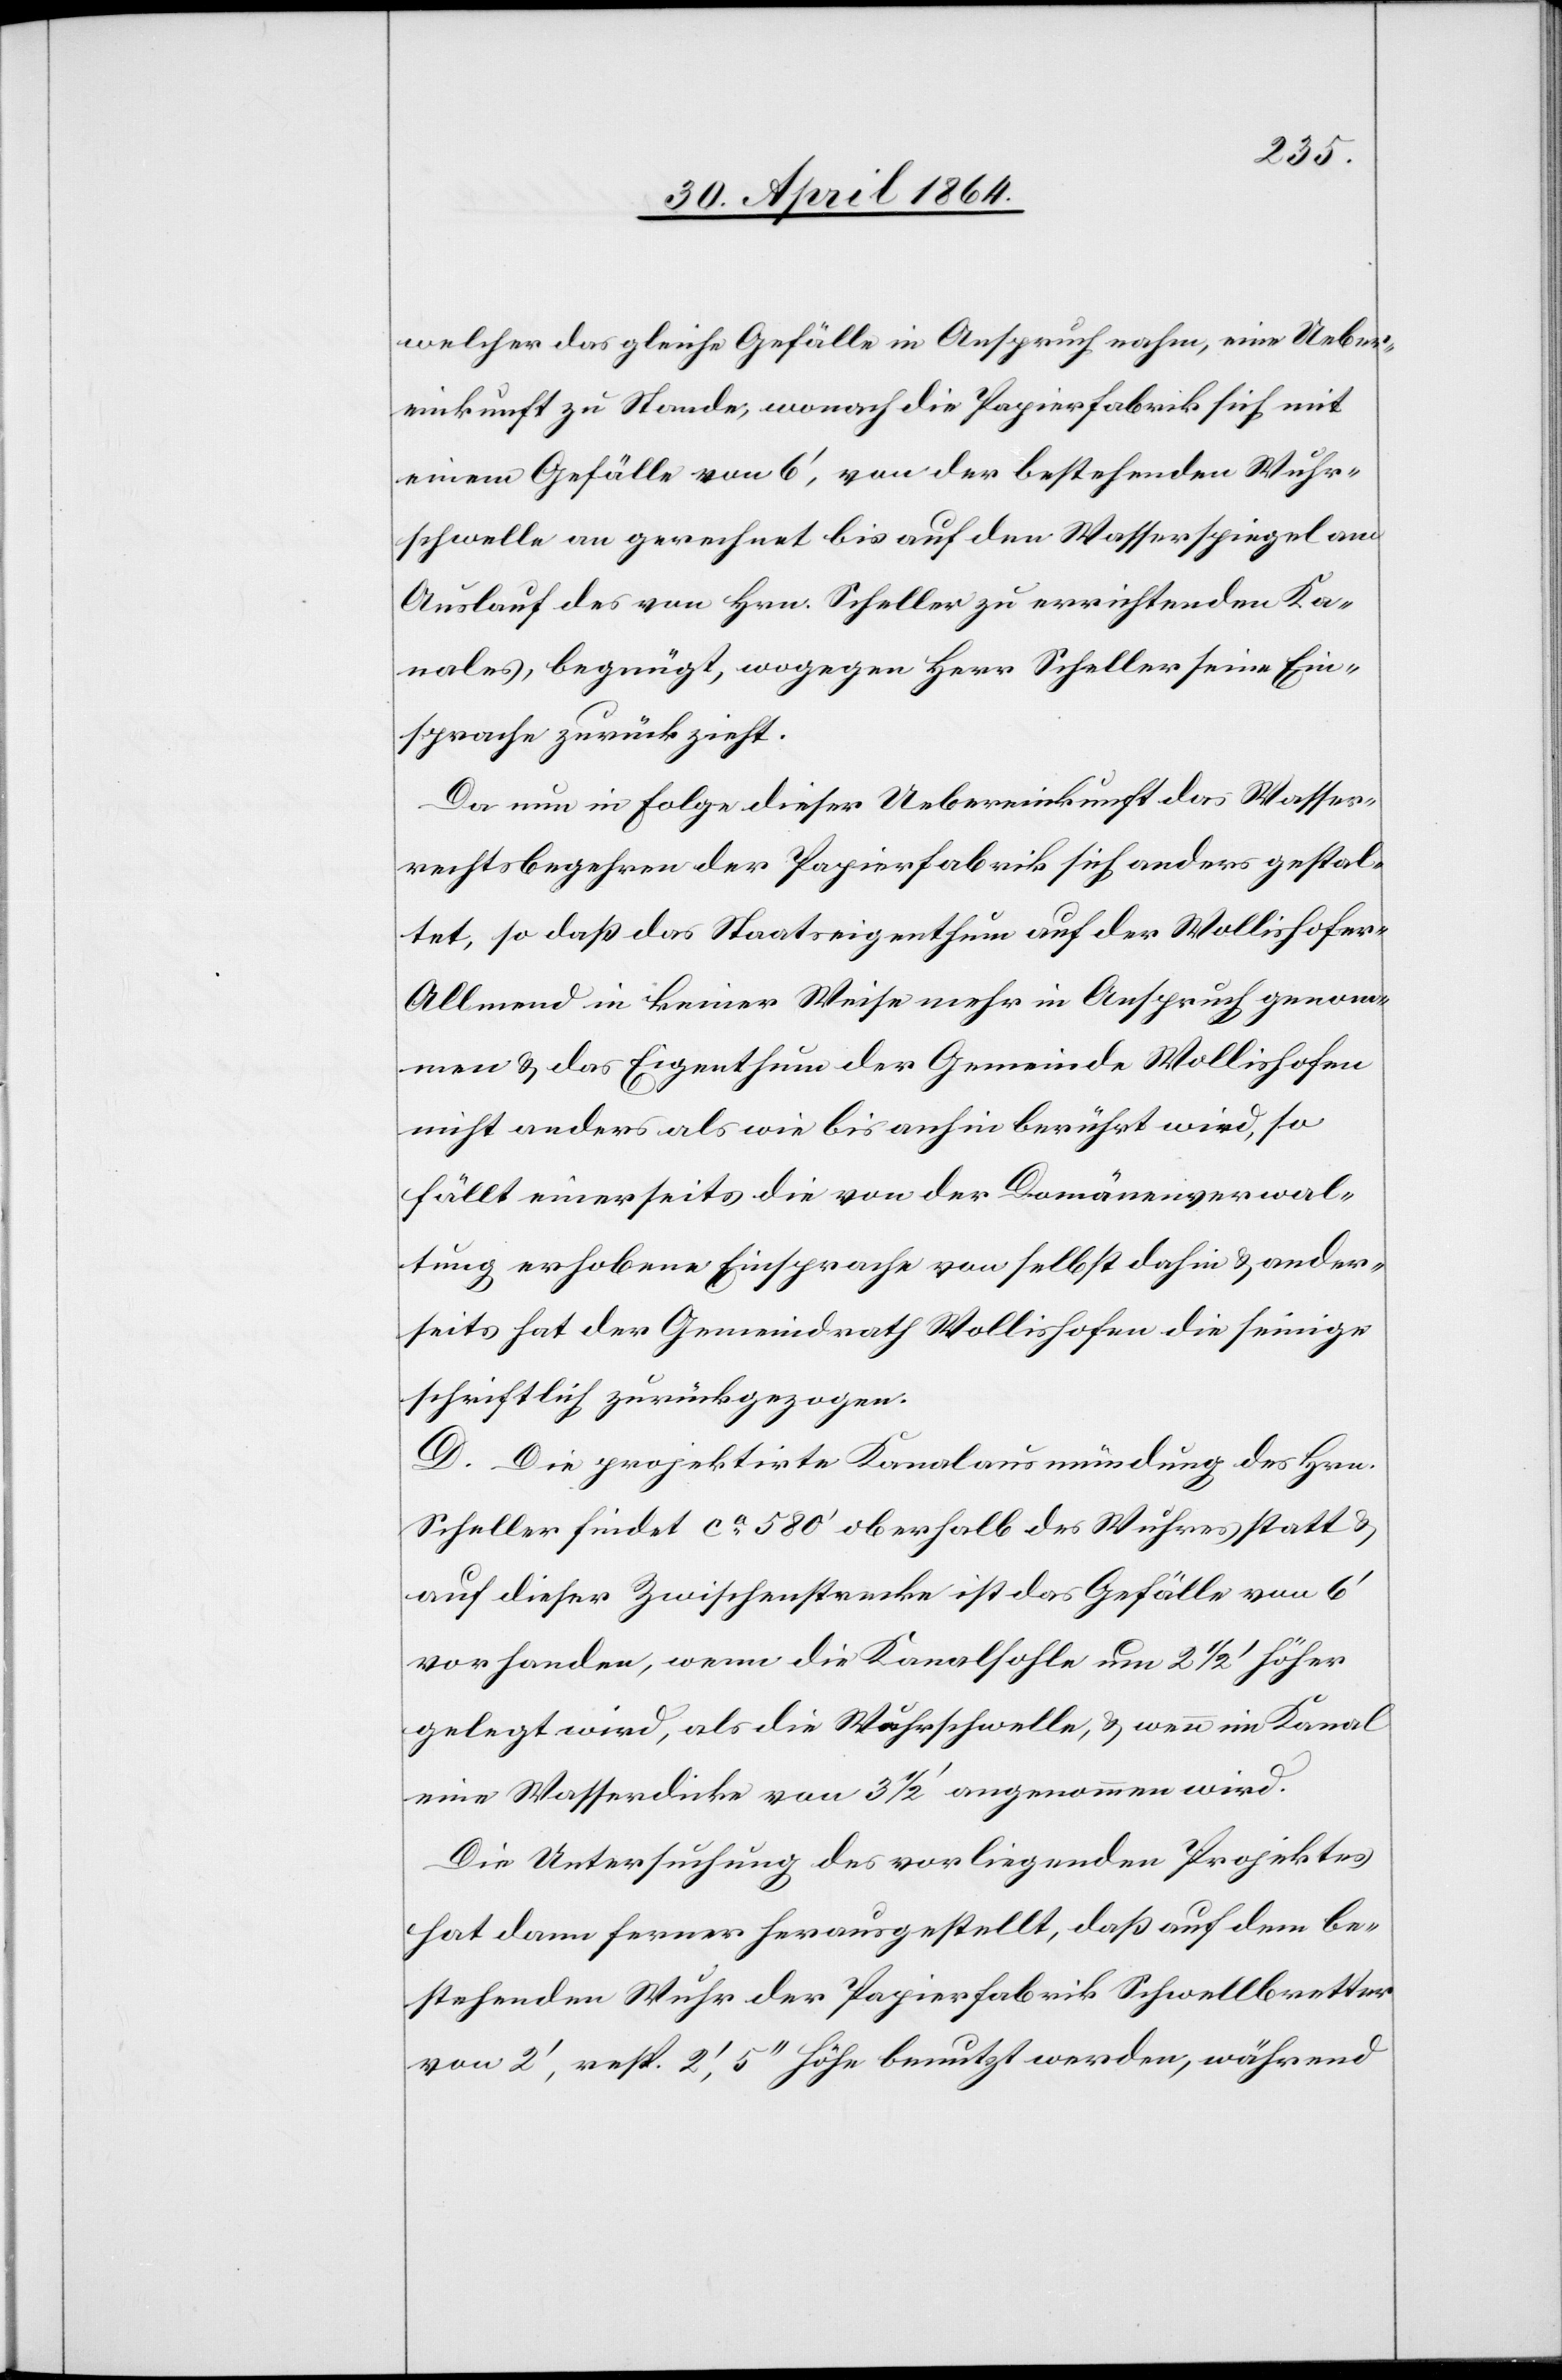
welcher das gleiche Gefälle in Anspruch nahm, eine Ueber¬
einkunft zu Stande, wonach die Papierfabrik sich mit
einem Gefälle von 6’, von der bestehenden Wuhr¬
schwelle an gerechnet bis auf den Wasserspiegel am
Auslauf des von Hrn. Scheller zu errichtenden Ka¬
nales, begnügt, wogegen Herr Scheller seine Ein¬
sprache zurückzieht.
Da nun in Folge dieser Uebereinkunft das Wasser¬
rechtsbegehren der Papierfabrik sich anders gestal¬
tet, so daß das Staatseigenthum auf der Wollishofer
Allmend in keiner Weise mehr in Anspruch genom¬
men u. das Eigenthum der Gemeinde Wollishofen
nicht anders als wie bis anhin berührt wird, so
fällt einerseits die von der Domänenverwal¬
tung erhobene Einsprache von selbst dahin u. ander¬
seits hat der Gemeindrath Wollishofen die seinige
schriftlich zurückgezogen.
D. Die projektirte Kanalausmündung des Hrn.
Scheller findet ca 580’ oberhalb des Wuhres statt u.
auf dieser Zwischenstrecke ist das Gefälle von 6’
vorhanden, wenn die Kanalsohle um 2 1/2’ höher
gelegt wird, als die Wuhrschwelle, u. wenn im Kanal
eine Wasserdicke von 3 1/2’ angenommen wird.
Die Untersuchung des vorliegenden Projektes
hat dann ferner herausgestellt, daß auf dem be¬
stehenden Wuhr der Papierfabrik Schwellbretter
von 2’, resp. 2’, 5’’ Höhe benutzt werden, während